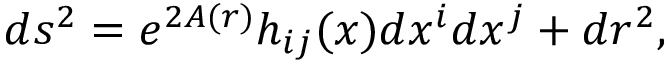
d s ^ { 2 } = e ^ { 2 A ( r ) } h _ { i j } ( x ) d x ^ { i } d x ^ { j } + d r ^ { 2 } ,